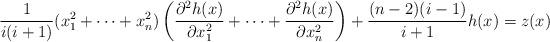
LaTeX: \begin{align*}\frac{1}{i(i+1)}(x_1^2 + \cdots + x_n^2)\left(\frac{\partial ^2h(x)}{\partial x_1^2} + \cdots + \frac{\partial ^2h(x)}{\partial x_n^2}\right) + \frac{(n-2)(i-1)}{i+1}h(x) = z(x)\end{align*}